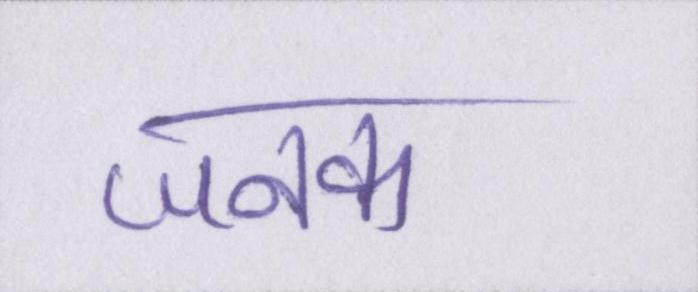
जनक